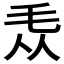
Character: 𣬱